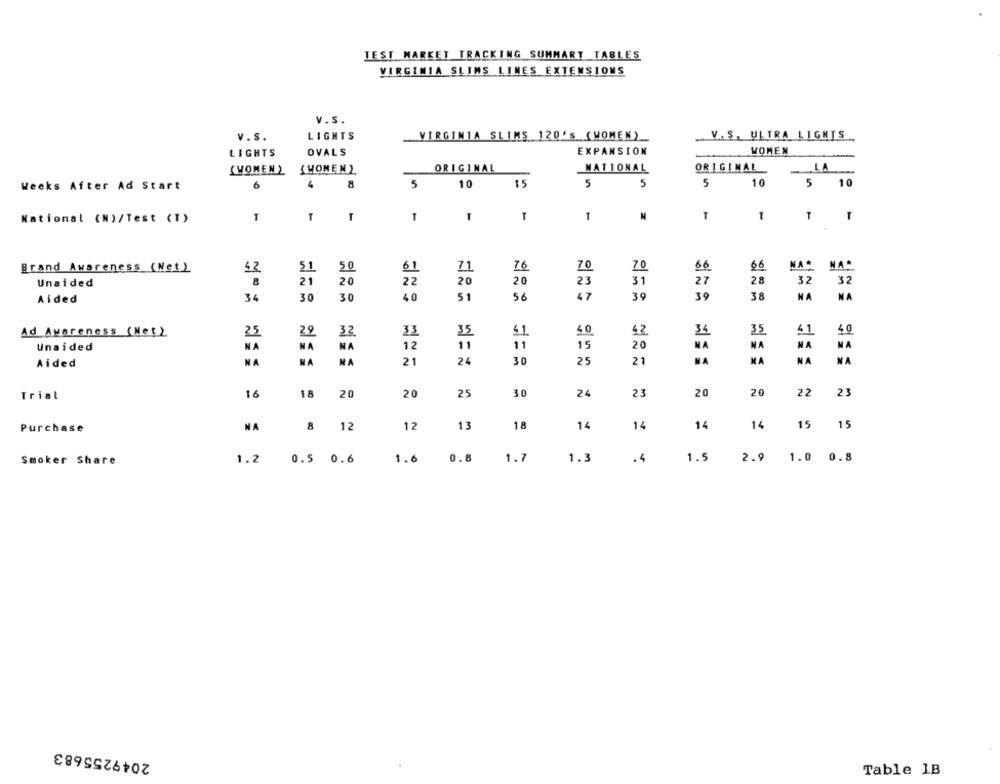
TEST MARKET TRACKING SUMMARY TABLES
VIRGINIA SLIMS LINES EXTENSIONS
V.S.
v.s.
LIGHTS
VIRGINIA SLIMS 120'S (WOMEN)
V. S. ULTRA LIGHTS
EXPANSION
LIGHTS
OVALS
WOMEN
(VONEN )
{WOMEN )
ORIGINAL
NATIONAL
ORIGINAL
Weeks After Ad Start
6
4
5
10
15
5
5
5
10
5
10
National (M)/Test (T)
1
T
T
N
T
T
76
66
NA .
Brand Awareness (Net)
42
5.1
50
61
71
70
70
6.6
NA
Unaided
21
20
22
20
20
23
31
27
28
32
32
8
34
30
30
40
51
56
47
39
39
38
NA
NA
Aided
35
Ad Awareness (Net)
25
29
32
3.3
35
51
50
42
34
41
40
NA
11
15
20
MA
NA
NA
MA
Unaided
NA
NA
12
11
NA
NA
NA
21
24
30
25
21
NA
MA
NA
NA
Aided
24
23
20
20
22
23
Trial
16
18
20
20
25
30
Purchase
NA
8
12
13
18
14
14
14
14
15 15
Smoker Share
1.2 0.5 0.6
1.6
0.8
1.7
1.3
.4
1.9
2.9 1.0 0.8
2049255683
Table 1B